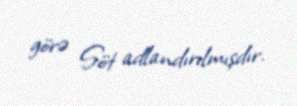
görə Söt adlandırılmışdır.